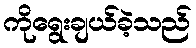
ကိုရွေးချယ်ခဲ့သည်